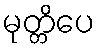
မုတ္တိပေ